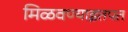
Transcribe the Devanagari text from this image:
मिळवण्याइतपत